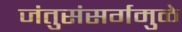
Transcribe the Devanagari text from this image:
जंतुसंसर्गमुळे